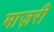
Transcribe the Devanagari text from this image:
माज़री